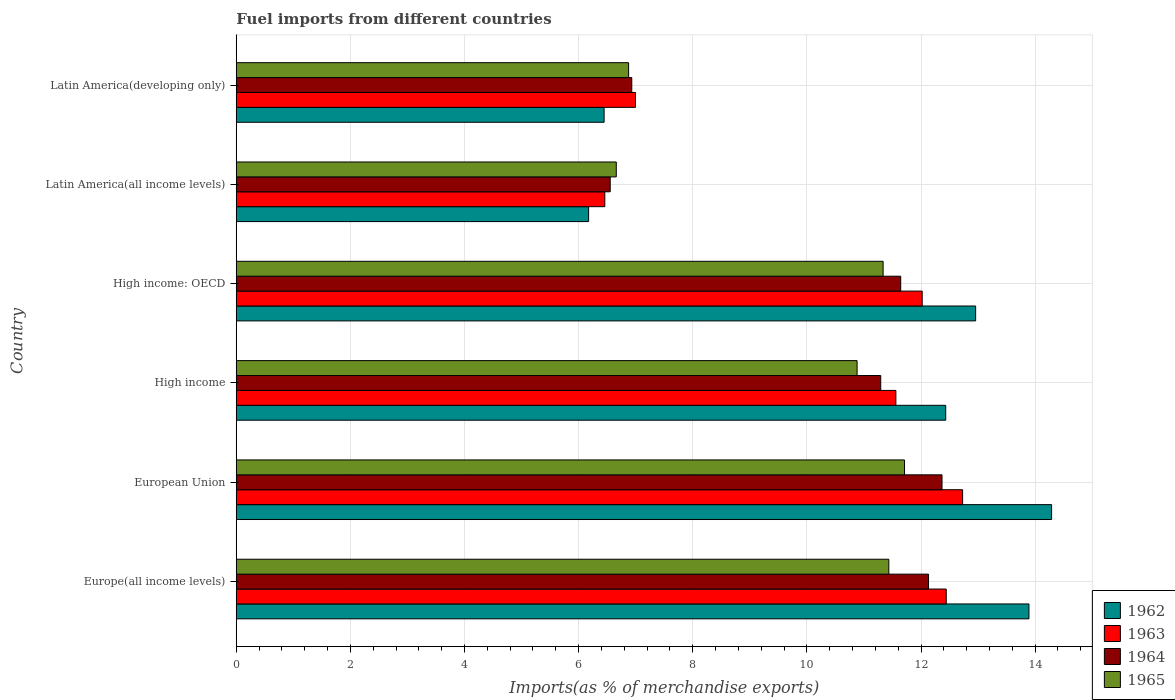
| Country | 1962 | 1963 | 1964 | 1965 |
 | --- | --- | --- | --- | --- |
 | Europe(all income levels) | 13.9 | 12.4 | 12.1 | 11.4 |
 | European Union | 14.3 | 12.7 | 12.4 | 11.7 |
 | High income | 12.4 | 11.6 | 11.3 | 10.9 |
 | High income: OECD | 13 | 12 | 11.6 | 11.3 |
 | Latin America(all income levels) | 6.17 | 6.46 | 6.55 | 6.66 |
 | Latin America(developing only) | 6.45 | 7 | 6.93 | 6.88 |